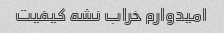
امیدوارم خراب نشه کیفیت